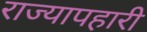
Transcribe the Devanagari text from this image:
राज्यापहारी